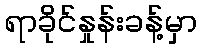
ရာခိုင်နှုန်းခန့်မှာ